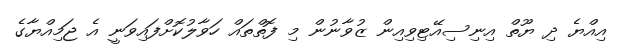
އިއްޔެ ދި ޔޫތް އިނިސިއޭޓިވިއިން ޒުވާނުން މި ފޮތްތައް ހަވާލުކޮށްފައިވަނީ އެ ޖަމިއްޔާގެ